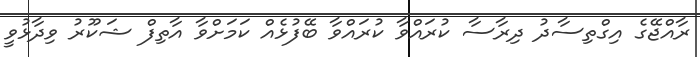
ރާއްޖޭގެ އިގްތިސާދު ދިރާސާ ކުރައްވާ ކުރައްވާ ބޭފުޅެއް ކަމަށްވާ އާތިފް ޝަކޫރު ވިދާޅުވީ